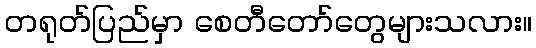
တရုတ်ပြည်မှာ စေတီတော်တွေများသလား။